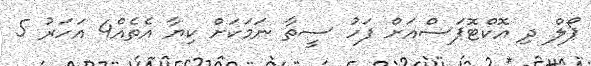
ޕޯލް ދި އޮކްޓޮޕަސްއަށް ފަހު ސީތާ ނަމަކަށް ކިޔާ އެތެއް4 އަހަރު 5